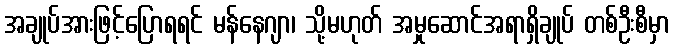
အချုပ်အားဖြင့်ပြောရရင် မန်နေဂျာ၊ သို့မဟုတ် အမှုဆောင်အရာရှိချုပ် တစ်ဦးစီမှာ